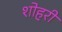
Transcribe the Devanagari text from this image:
शोहरी